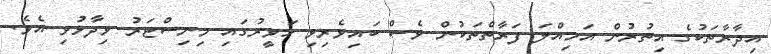
އިދާރާތަކުގެ އިތުރުން އަމިއްލަ ފަރާތްތަކުން ވެސް ބައިވެރިވި ހަވީރުގައި މިނިސްޓަރު ވިދާޅުވި އެވެ.